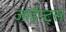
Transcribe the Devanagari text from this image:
जाईन्ट्स